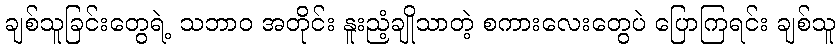
ချစ်သူခြင်းတွေရဲ့ သဘာဝ အတိုင်း နူးညံ့ချိုသာတဲ့ စကားလေးတွေပဲ ပြောကြရင်း ချစ်သူ